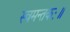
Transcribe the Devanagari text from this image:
स्वमन्तकः॥